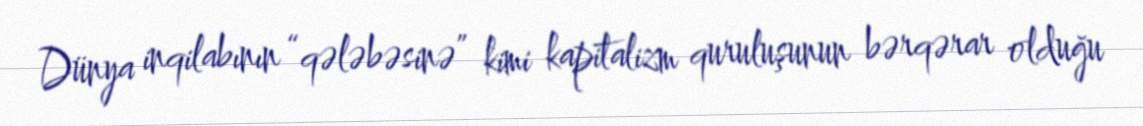
Dünya inqilabının “qələbəsinə” kimi kapitalizm quruluşunun bərqərar olduğu